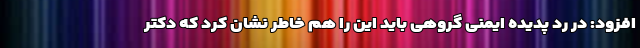
افزود: در رد پدیده ایمنی گروهی باید این را هم خاطر نشان کرد که دکتر